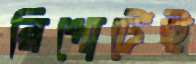
রিপোর্টেই